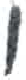
אות: ו